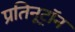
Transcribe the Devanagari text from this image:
प्रतिनूट्रॉन